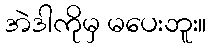
အဲဒါကိုမှ မပေးဘူး။